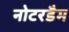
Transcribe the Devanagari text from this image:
नोटरडैम